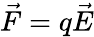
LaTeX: {\vec{F}}=q{\vec{E}}